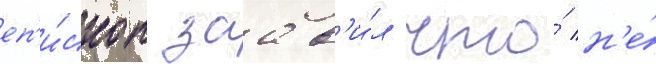
еп'и́скоп заав'и́л что́ н'е́